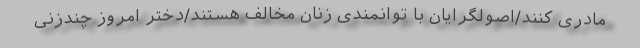
مادری کنند/اصولگرایان با توانمندی زنان مخالف هستند/دختر امروز چندْزنی